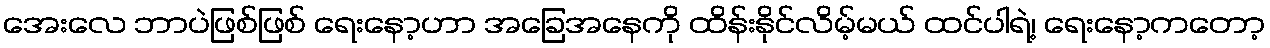
အေးလေ ဘာပဲဖြစ်ဖြစ် ရေးနော့ဟာ အခြေအနေကို ထိန်းနိုင်လိမ့်မယ် ထင်ပါရဲ့၊ ရေးနော့ကတော့